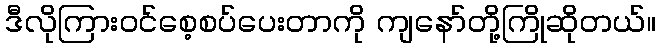
ဒီလိုကြားဝင်စေ့စပ်ပေးတာကို ကျနော်တို့ကြိုဆိုတယ်။